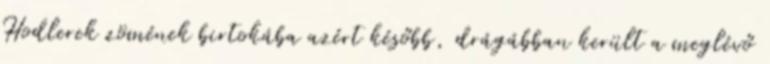
Hodlerek zömének birtokába azért később, drágábban került a meglévő